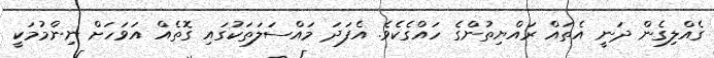
ގެއްލިގެން ދަނީ އެތައް ރައްޔިތުންގެ ހައްގެކެވެ. އެފަދަ މައްސަލަތަކުގައި ގޮތެއް އަވަހަށް ނިންމުމަކީ